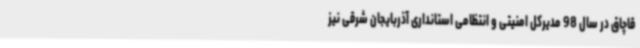
قاچاق در سال 98 مدیرکل امنیتی و انتظامی استانداری آذربایجان شرقی نیز